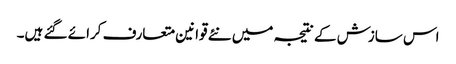
اس سازش کے نتیجہ میں نئے قوانین متعارف کرائے گئے ہیں۔